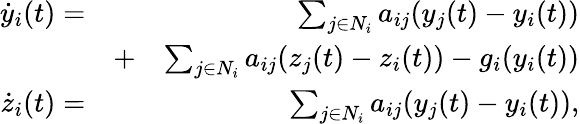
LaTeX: \begin{array}{rlr}{\dot{y}_{i}(t)=}&{}&{\sum_{j\in N_{i}}a_{ij}(y_{j}(t)-y_{i}(t))}\\ &{+}&{\sum_{j\in N_{i}}a_{ij}(z_{j}(t)-z_{i}(t))-g_{i}(y_{i}(t))}\\ {\dot{z}_{i}(t)=}&{}&{\sum_{j\in N_{i}}a_{ij}(y_{j}(t)-y_{i}(t)),}\end{array}